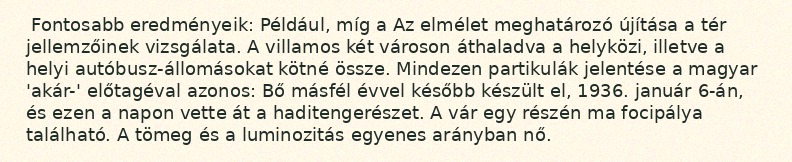
Fontosabb eredményeik: Például, míg a Az elmélet meghatározó újítása a tér jellemzőinek vizsgálata. A villamos két városon áthaladva a helyközi, illetve a helyi autóbusz-állomásokat kötné össze. Mindezen partikulák jelentése a magyar 'akár-' előtagéval azonos: Bő másfél évvel később készült el, 1936. január 6-án, és ezen a napon vette át a haditengerészet. A vár egy részén ma focipálya található. A tömeg és a luminozitás egyenes arányban nő.